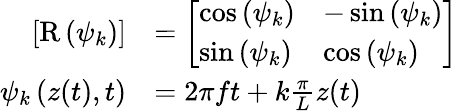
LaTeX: \begin{array}{rl}{\left[\mathrm{R}\left(\psi_{k}\right)\right]}&{=\left[\begin{array}{ll}{\cos\left(\psi_{k}\right)}&{-\sin\left(\psi_{k}\right)}\\ {\sin\left(\psi_{k}\right)}&{\cos\left(\psi_{k}\right)}\end{array}\right]}\\ {\psi_{k}\left(z(t),t\right)}&{=2\pi ft+k\frac{\pi}{L}z(t)}\end{array}